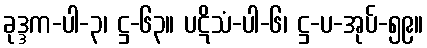
ခုဒ္ဒက-ပါ-၃၊ ဋ္ဌ-၆၃။ ပဋိသံ-ပါ-၆၊ ဋ္ဌ-ပ-အုပ်-၅၉။